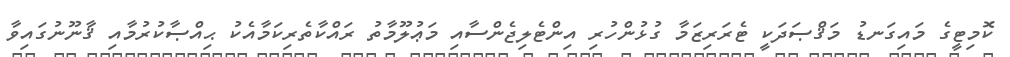
ކޮމިޓީގެ މައިގަނޑު މަޤްޞަދަކީ ޓެރަރިޒަމާ ގުޅުންހުރި އިންޓެލިޖެންސާއި މަޢުލޫމާތު ރައްކާތެރިކަމާއެކު ޙިއްޞާކުރުމާއި ޤާނޫނުގައިވާ